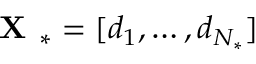
\textbf { X } _ { * } = [ d _ { 1 } , \dots , d _ { N _ { * } } ]